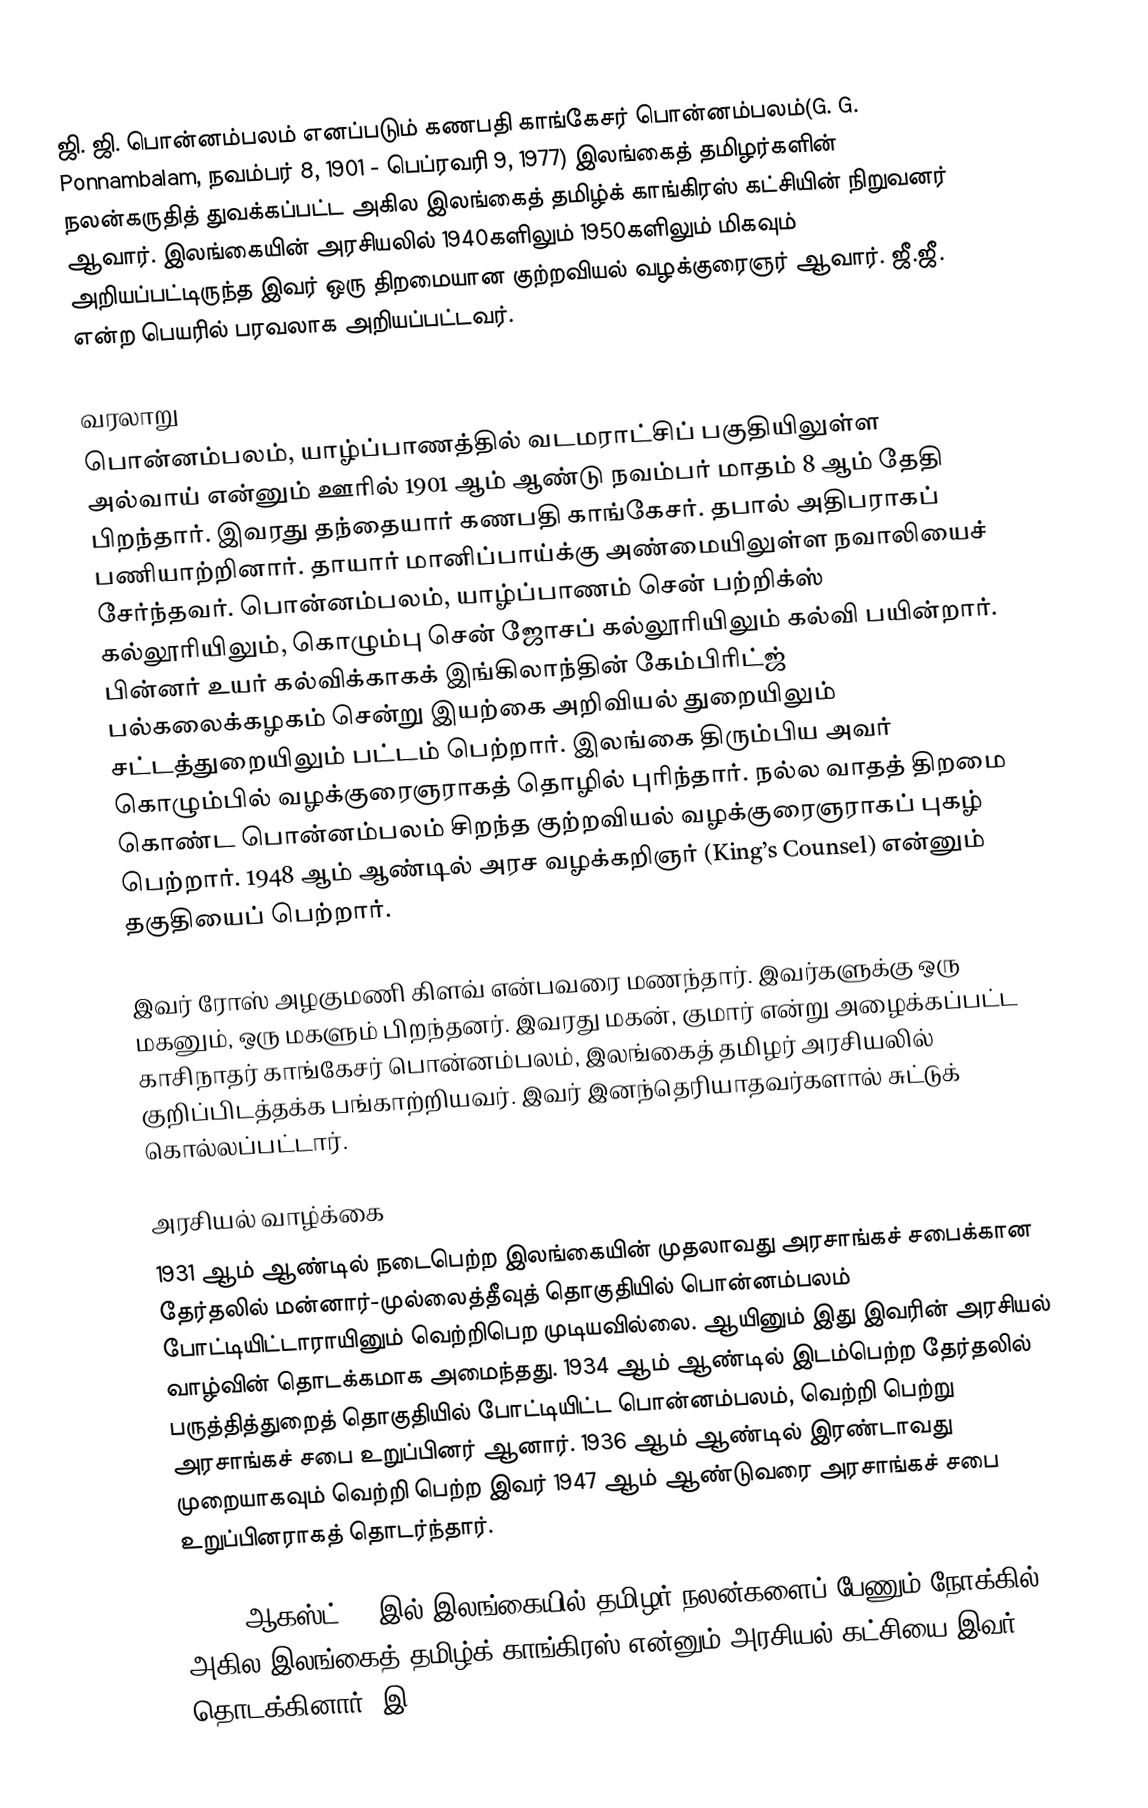
ஜி. ஜி. பொன்னம்பலம்  எனப்படும் கணபதி காங்கேசர் பொன்னம்பலம்(G. G. Ponnambalam, நவம்பர் 8, 1901 - பெப்ரவரி 9, 1977) இலங்கைத் தமிழர்களின் நலன்கருதித் துவக்கப்பட்ட அகில இலங்கைத் தமிழ்க் காங்கிரஸ் கட்சியின் நிறுவனர் ஆவார். இலங்கையின் அரசியலில் 1940களிலும் 1950களிலும் மிகவும் அறியப்பட்டிருந்த இவர் ஒரு திறமையான குற்றவியல் வழக்குரைஞர் ஆவார். ஜீ.ஜீ. என்ற பெயரில் பரவலாக அறியப்பட்டவர்.

வரலாறு
பொன்னம்பலம், யாழ்ப்பாணத்தில் வடமராட்சிப் பகுதியிலுள்ள அல்வாய் என்னும் ஊரில் 1901 ஆம் ஆண்டு நவம்பர் மாதம் 8 ஆம் தேதி பிறந்தார். இவரது தந்தையார் கணபதி காங்கேசர். தபால் அதிபராகப் பணியாற்றினார். தாயார் மானிப்பாய்க்கு அண்மையிலுள்ள நவாலியைச் சேர்ந்தவர். பொன்னம்பலம், யாழ்ப்பாணம் சென் பற்றிக்ஸ் கல்லூரியிலும், கொழும்பு சென் ஜோசப் கல்லூரியிலும் கல்வி பயின்றார். பின்னர் உயர் கல்விக்காகக் இங்கிலாந்தின் கேம்பிரிட்ஜ் பல்கலைக்கழகம் சென்று இயற்கை அறிவியல் துறையிலும் சட்டத்துறையிலும் பட்டம் பெற்றார். இலங்கை திரும்பிய அவர் கொழும்பில் வழக்குரைஞராகத் தொழில் புரிந்தார். நல்ல வாதத் திறமை கொண்ட பொன்னம்பலம் சிறந்த குற்றவியல் வழக்குரைஞராகப் புகழ் பெற்றார். 1948 ஆம் ஆண்டில் அரச வழக்கறிஞர் (King’s Counsel) என்னும் தகுதியைப் பெற்றார்.

இவர் ரோஸ் அழகுமணி கிளவ் என்பவரை மணந்தார். இவர்களுக்கு ஒரு மகனும், ஒரு மகளும் பிறந்தனர். இவரது மகன், குமார் என்று அழைக்கப்பட்ட காசிநாதர் காங்கேசர் பொன்னம்பலம், இலங்கைத் தமிழர் அரசியலில் குறிப்பிடத்தக்க பங்காற்றியவர். இவர் இனந்தெரியாதவர்களால் சுட்டுக் கொல்லப்பட்டார்.

அரசியல் வாழ்க்கை
1931 ஆம் ஆண்டில் நடைபெற்ற இலங்கையின் முதலாவது அரசாங்கச் சபைக்கான தேர்தலில் மன்னார்-முல்லைத்தீவுத் தொகுதியில் பொன்னம்பலம் போட்டியிட்டாராயினும் வெற்றிபெற முடியவில்லை. ஆயினும் இது இவரின் அரசியல் வாழ்வின் தொடக்கமாக அமைந்தது. 1934 ஆம் ஆண்டில் இடம்பெற்ற தேர்தலில் பருத்தித்துறைத் தொகுதியில் போட்டியிட்ட பொன்னம்பலம், வெற்றி பெற்று அரசாங்கச் சபை உறுப்பினர் ஆனார். 1936 ஆம் ஆண்டில் இரண்டாவது முறையாகவும் வெற்றி பெற்ற இவர் 1947 ஆம் ஆண்டுவரை அரசாங்கச் சபை உறுப்பினராகத் தொடர்ந்தார்.

1944, ஆகஸ்ட் 29 இல் இலங்கையில் தமிழர் நலன்களைப் பேணும் நோக்கில் அகில இலங்கைத் தமிழ்க் காங்கிரஸ் என்னும் அரசியல் கட்சியை இவர் தொடக்கினார். இ